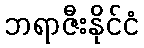
ဘရာဇီးနိုင်ငံ